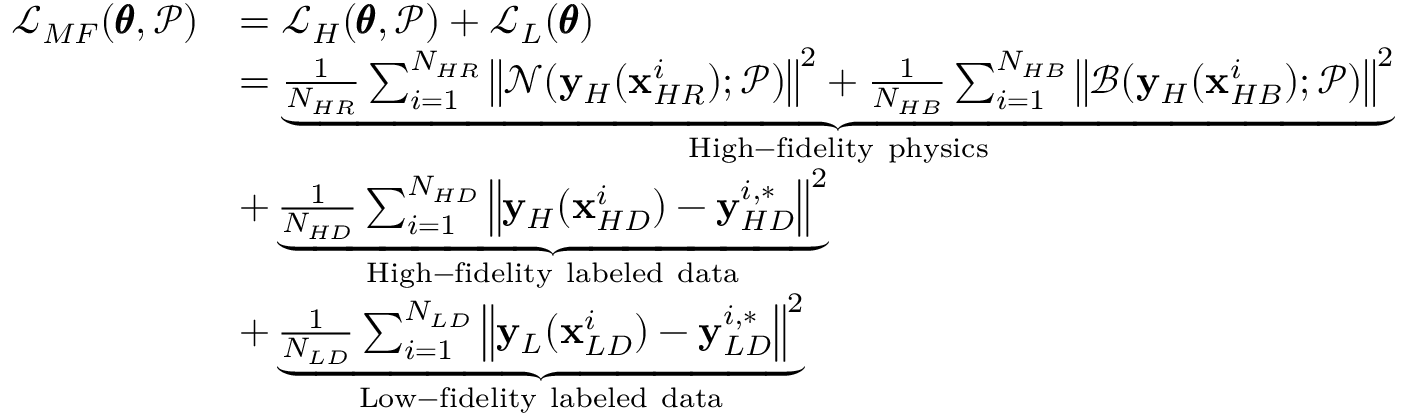
\begin{array} { r l } { \mathcal { L } _ { M F } ( \pmb { \theta } , \mathcal { P } ) } & { = \mathcal { L } _ { H } ( \pmb { \theta } , \mathcal { P } ) + \mathcal { L } _ { L } ( \pmb { \theta } ) } \\ & { = \underbrace { \frac { 1 } { N _ { H R } } \sum _ { i = 1 } ^ { N _ { H R } } { \left\| \mathcal { N } ( \mathbf { y } _ { H } ( \mathbf { x } _ { H R } ^ { i } ) ; \mathcal { P } ) \right\| ^ { 2 } } + \frac { 1 } { N _ { H B } } \sum _ { i = 1 } ^ { N _ { H B } } { \left\| \mathcal { B } ( \mathbf { y } _ { H } ( \mathbf { x } _ { H B } ^ { i } ) ; \mathcal { P } ) \right\| ^ { 2 } } } _ { \mathrm { H i g h - f i d e l i t y ~ p h y s i c s } } } \\ & { + \underbrace { \frac { 1 } { N _ { H D } } \sum _ { i = 1 } ^ { N _ { H D } } { \left\| \mathbf { y } _ { H } ( \mathbf { x } _ { H D } ^ { i } ) - \mathbf { y } _ { H D } ^ { i , * } \right\| ^ { 2 } } } _ { \mathrm { H i g h - f i d e l i t y ~ l a b e l e d ~ d a t a } } } \\ & { + \underbrace { \frac { 1 } { N _ { L D } } \sum _ { i = 1 } ^ { N _ { L D } } { \left\| \mathbf { y } _ { L } ( \mathbf { x } _ { L D } ^ { i } ) - \mathbf { y } _ { L D } ^ { i , * } \right\| ^ { 2 } } } _ { \mathrm { L o w - f i d e l i t y ~ l a b e l e d ~ d a t a } } } \end{array}